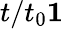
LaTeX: t/t_{0}\le 1